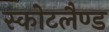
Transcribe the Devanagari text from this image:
स्कोटलैण्ड